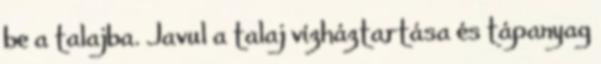
be a talajba. Javul a talaj vízháztartása és tápanyag